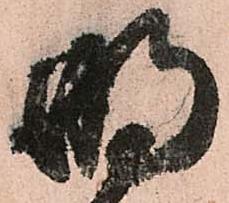
明